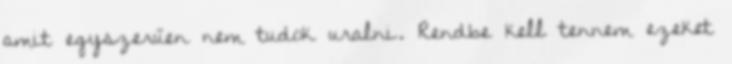
amit egyszerűen nem tudok uralni. Rendbe kell tennem ezeket